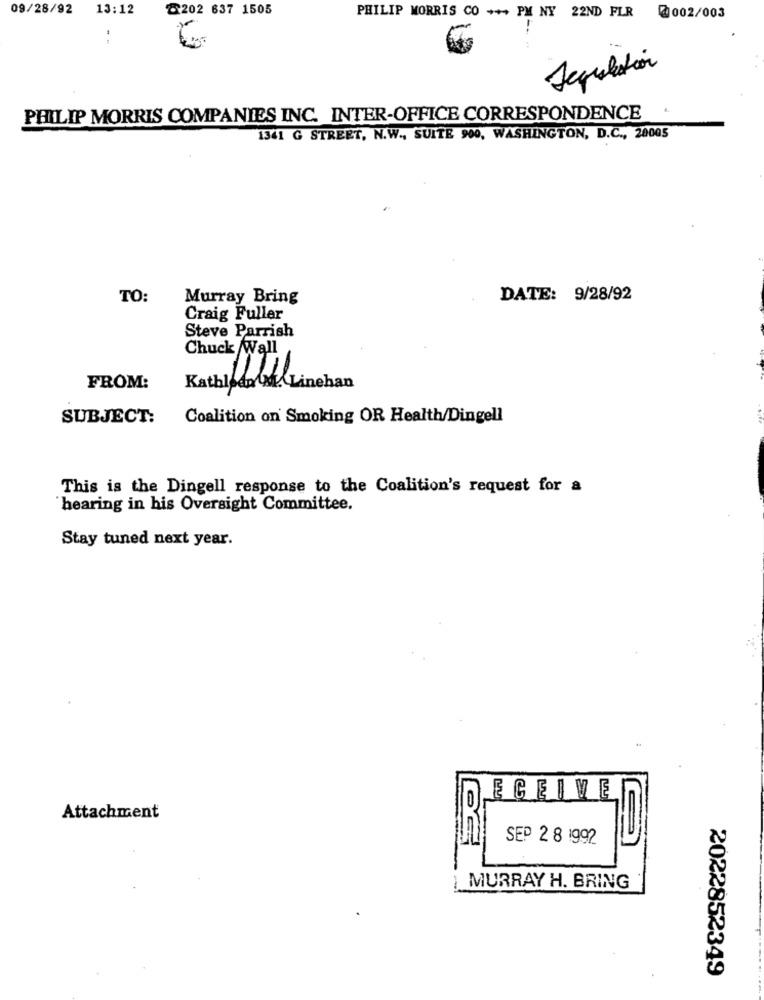
09/28/92
13:12
Z202 637 1505
PHILIP MORRIS CO ++++ PM NY 22ND FLR
@002/003
Tcpulation
PHILIP MORRIS COMPANIES INC. INTER-OFFICE CORRESPONDENCE
1341 G STREET, N.W ., SUITE 900, WASHINGTON, D.C ., 20005
TO:
Murray Bring
DATE: 9/28/92
Craig Fuller
Steve Parrish
Chuck Wall
FROM:
Kathledare Linehan
SUBJECT:
Coalition on Smoking OR Health/Dingell
This is the Dingell response to the Coalition's request for a
hearing in his Oversight Committee.
Stay tuned next year.
ECEIVE
Attachment
SEP 28 1992
MURRAY H. BRING
2022852349